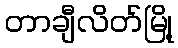
တာချီလိတ်မြို့